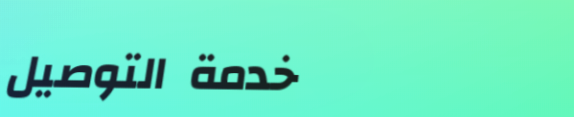
خدمة التوصيل